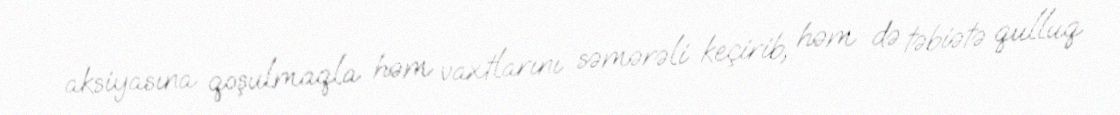
aksiyasına qoşulmaqla həm vaxtlarını səmərəli keçirib, həm də təbiətə qulluq